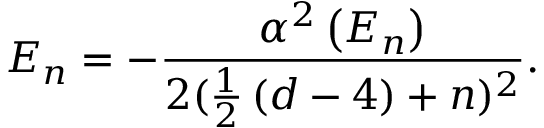
E _ { n } = - \frac { \alpha ^ { 2 } \left( E _ { n } \right) } { 2 ( \frac 1 2 \left( d - 4 \right) + n ) ^ { 2 } } .